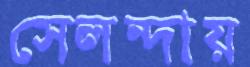
সেলন্দায়